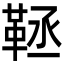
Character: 𩊨